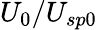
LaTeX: U_{0}/U_{sp0}